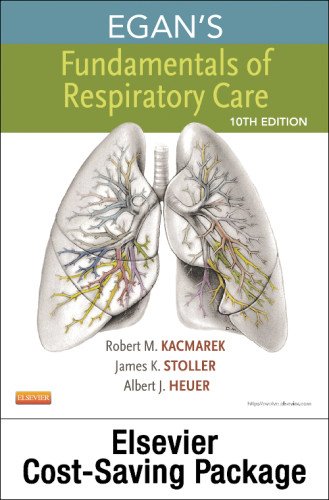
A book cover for Egan's Fundamentals of Respiratory Care - Textbook and Workbook Package, 10e; Robert M. Kacmarek PhD  RRT  FAARC; Medical Books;